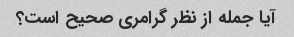
آیا جمله از نظر گرامری صحیح است؟